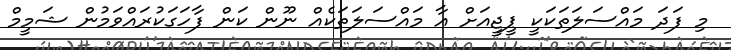
މި ފަދަ މައްސަލަތަކަކީ ޕީޖީއަށް އާ މައްސަލަތަކެއް ނޫން ކަން ފާހަގަކުރައްވަމުން ޝަމީމް